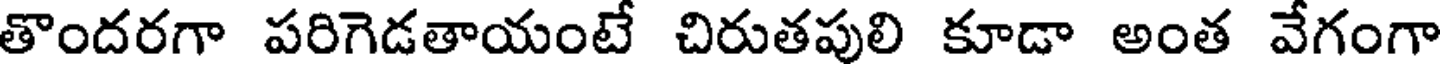
తొందరగా పరిగెడతాయంటే చిరుతపులి కూడా అంత వేగంగా